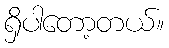
ရှိပါတော့တယ်။